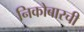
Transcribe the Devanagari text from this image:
निकोबारची